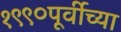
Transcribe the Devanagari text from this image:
१९९०पूर्वीच्या